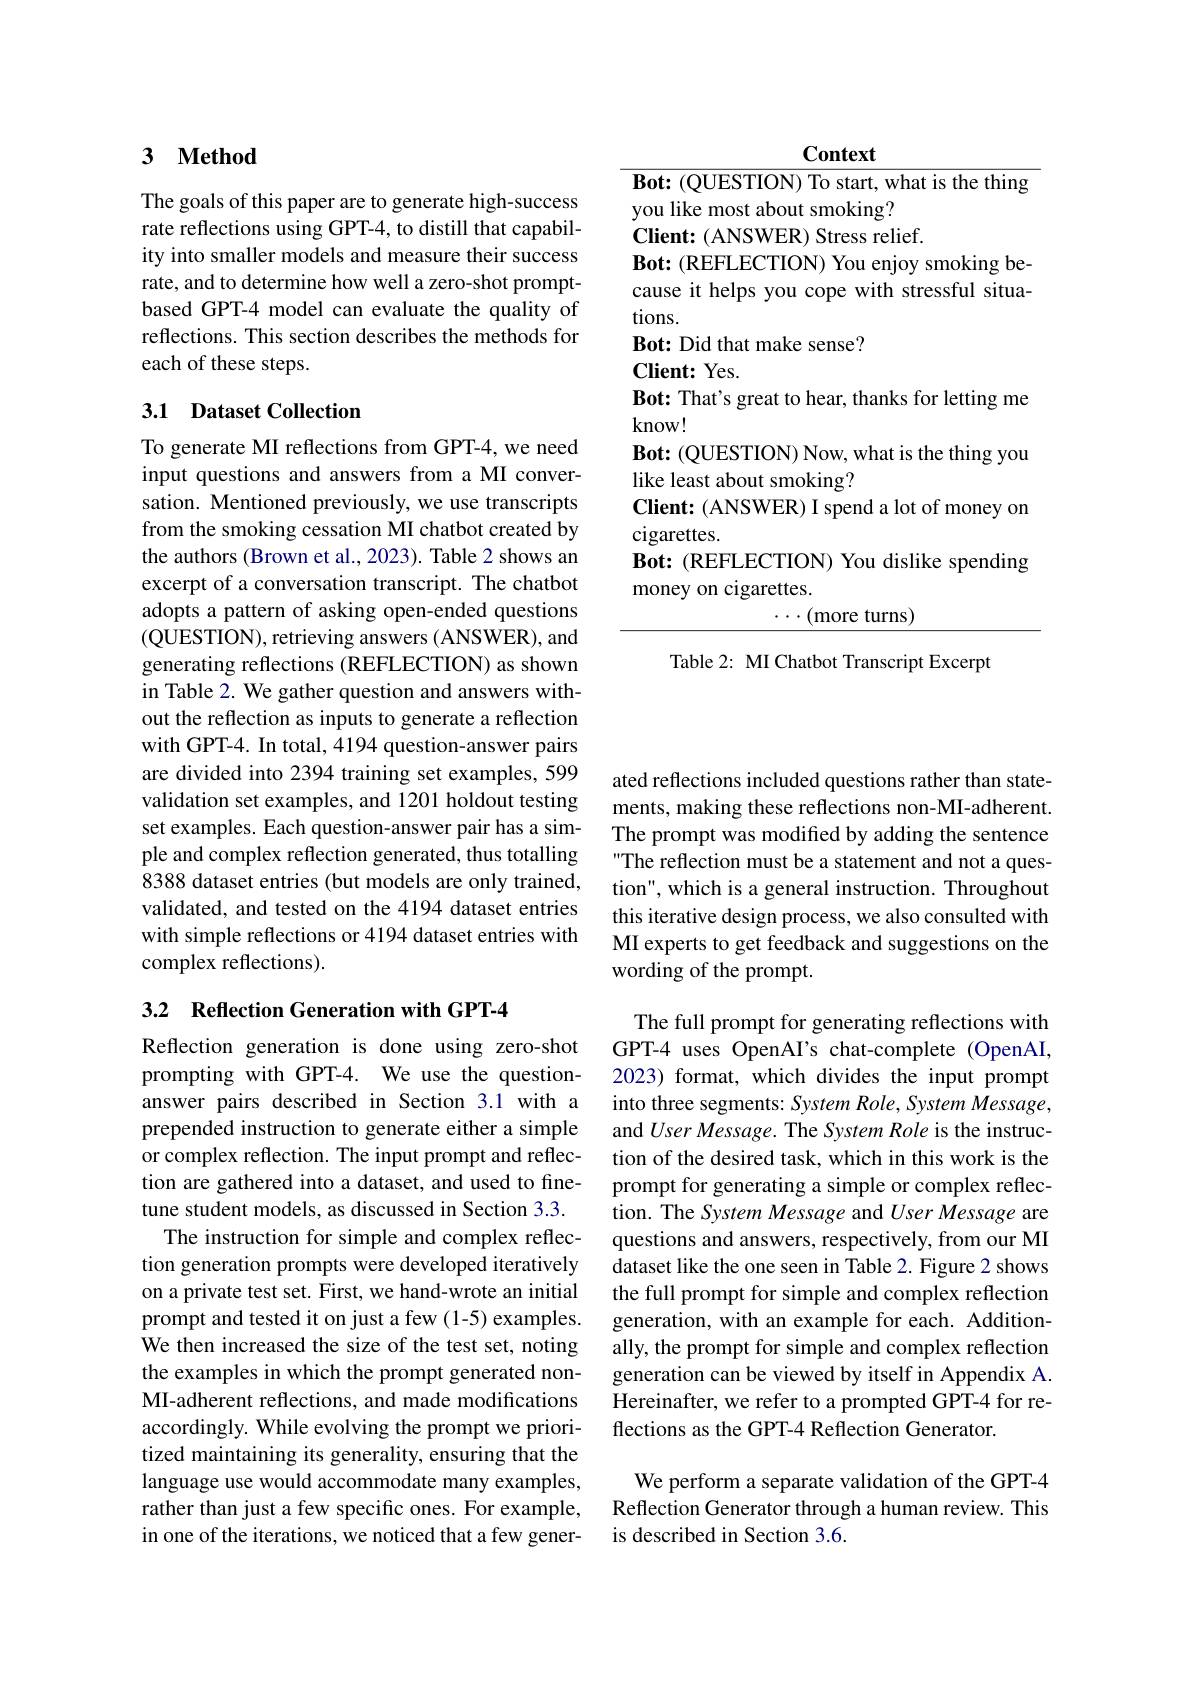
<table>
	<tbody>
		<tr>
			<td> </td>
			<td>$\mathbf{Context}$</td>
		</tr>
		<tr>
			<td> </td>
			<td>ey on cigarettes. (more turns)</td>
		</tr>
		<tr>
			<td> </td>
			<td>$\cdots({\mathrm{more~turns}})$</td>
		</tr>
	</tbody>
</table>

Table 2: MI Chatbot Transcript Excerpt

## 3 $\textbf{Method}$

The goals of this paper are to generate high-success rate reflections using GPT-4, to distill that capability into smaller models and measure their success rate, and to determine how well a zero-shot promptbased GPT-4 model can evaluate the quality of reflections. This section describes the methods for each of these steps.

## 3.1 Dataset Collection

To generate MI reflections from GPT-4, we need input questions and answers from a MI conversation. Mentioned previously, we use transcripts from the smoking cessation MI chatbot created by the authors (Brown et al., 2023). Table 2 shows an excerpt of a conversation transcript. The chatbot adopts a pattern of asking open-ended questions (QUESTION), retrieving answers (ANSWER), and generating reflections (REFLECTION) as shown in Table 2. We gather question and answers without the reflection as inputs to generate a reflection with GPT-4. In total, 4194 question-answer pairs are divided into 2394 training set examples, 599 validation set examples, and 1201 holdout testing set examples. Each question-answer pair has a simple and complex reflection generated, thus totalling 8388 dataset entries (but models are only trained, validated, and tested on the 4194 dataset entries with simple reflections or 4194 dataset entries with complex reflections).

3.2 Reflection Generation with GPT-4

Reflection generation is done using zero-shot prompting with GPT-4. We use the questionanswer pairs described in Section 3.1 with a prepended instruction to generate either a simple or complex reflection. The input prompt and reflection are gathered into a dataset, and used to finetune student models, as discussed in Section 3.3.
The instruction for simple and complex reflection generation prompts were developed iteratively on a private test set. First, we hand-wrote an initial prompt and tested it on just a few (1-5) examples. We then increased the size of the test set, noting the examples in which the prompt generated nonMI-adherent reflections, and made modifications accordingly. While evolving the prompt we prioritized maintaining its generality, ensuring that the language use would accommodate many examples, rather than just a few specific ones. For example, in one of the iterations, we noticed that a few gener-

ated reflections included questions rather than statements, making these reflections non-MI-adherent. The prompt was modified by adding the sentence The reflection must be a statement and not a question", which is a general instruction. Throughout this iterative design process, we also consulted with MI experts to get feedback and suggestions on the wording of the prompt.

The full prompt for generating reflections with GPT-4 uses OpenAI's chat-complete (OpenAI, 2023) format, which divides the input prompt into three segments: System Role, System Message, and User Message. The System Role is the instruction of the desired task, which in this work is the prompt for generating a simple or complex reflection. The System Message and User Message are questions and answers, respectively, from our MI dataset like the one seen in Table 2. Figure 2 shows the full prompt for simple and complex reflection generation, with an example for each. Additionally, the prompt for simple and complex reflection generation can be viewed by itself in Appendix A. Hereinafter, we refer to a prompted GPT-4 for reflections as the GPT-4 Reflection Generator.

We perform a separate validation of the GPT-4 Reflection Generator through a human review. This is described in Section 3.6.